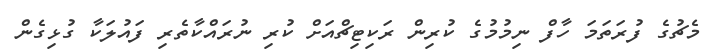
މެޗުގެ ފުރަތަމަ ހާފް ނިމުމުގެ ކުރިން ރަކިޓިޗްއަށް ކުރި ނުރައްކާތެރި ފައުލަކާ ގުޅިގެން